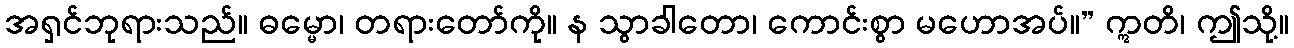
အရှင်ဘုရားသည်။ ဓမ္မော၊ တရားတော်ကို။ န သွာခါတော၊ ကောင်းစွာ မဟောအပ်။” ဣတိ၊ ဤသို့။